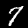
Label: 7